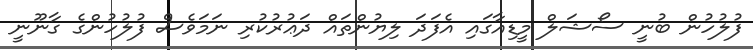
ފުލުހުން ބުނީ ސޯޝަލް މީޑިއާގައި އެފަދަ ލިޔުންތައް ދަޢުރުކުރި ނަމަވެސް ފުލުހުންގެ ގާނޫނީ